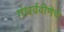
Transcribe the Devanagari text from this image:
गंधर्ववीणेचे